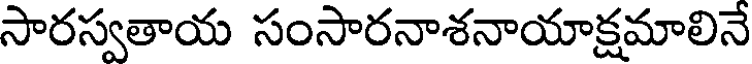
సారస్వతాయ సంసారనాశనాయాక్షమాలినే